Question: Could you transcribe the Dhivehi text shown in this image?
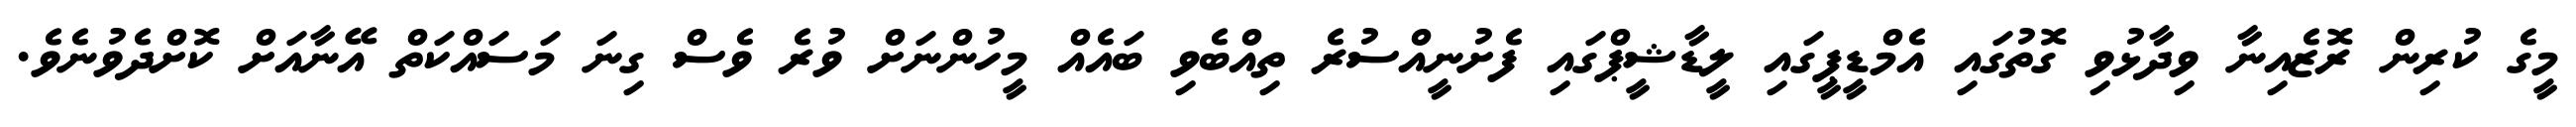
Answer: މީގެ ކުރިން ރޮޒެއިނާ ވިދާޅުވި ގޮތުގައި އެމްޑީޕީގައި ލީޑާޝީޕްގައި ފެށުނީއްސުރެ ތިއްބެވި ބައެއް މީހުންނަށް ވުރެ ވެސް ގިނަ މަސައްކަތް އޭނާއަށް ކޮށްދެވުނެވެ.